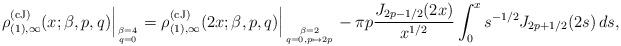
LaTeX: \begin{align*} \rho_{(1),\infty}^{(\rm cJ)}(x;\beta,p,q) \Big |_{\beta = 4 \atop q = 0} = \rho_{(1),\infty}^{(\rm cJ)}(2x;\beta,p,q) \Big |_{\beta = 2 \atop q = 0, p \mapsto 2p} - \pi p {J_{2p-1/2}(2x) \over x^{1/2}} \int_0^x s^{-1/2} J_{2p+1/2}(2s) \, ds, \end{align*}